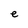
Character: e